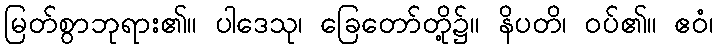
မြတ်စွာဘုရား၏။ ပါဒေသု၊ ခြေတော်တို့၌။ နိပတိ၊ ဝပ်၏။ ဧဝံ၊